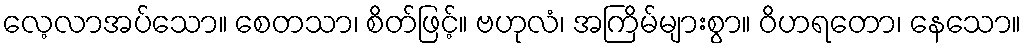
လေ့လာအပ်သော။ စေတသာ၊ စိတ်ဖြင့်။ ဗဟုလံ၊ အကြိမ်များစွာ။ ဝိဟရတော၊ နေသော။